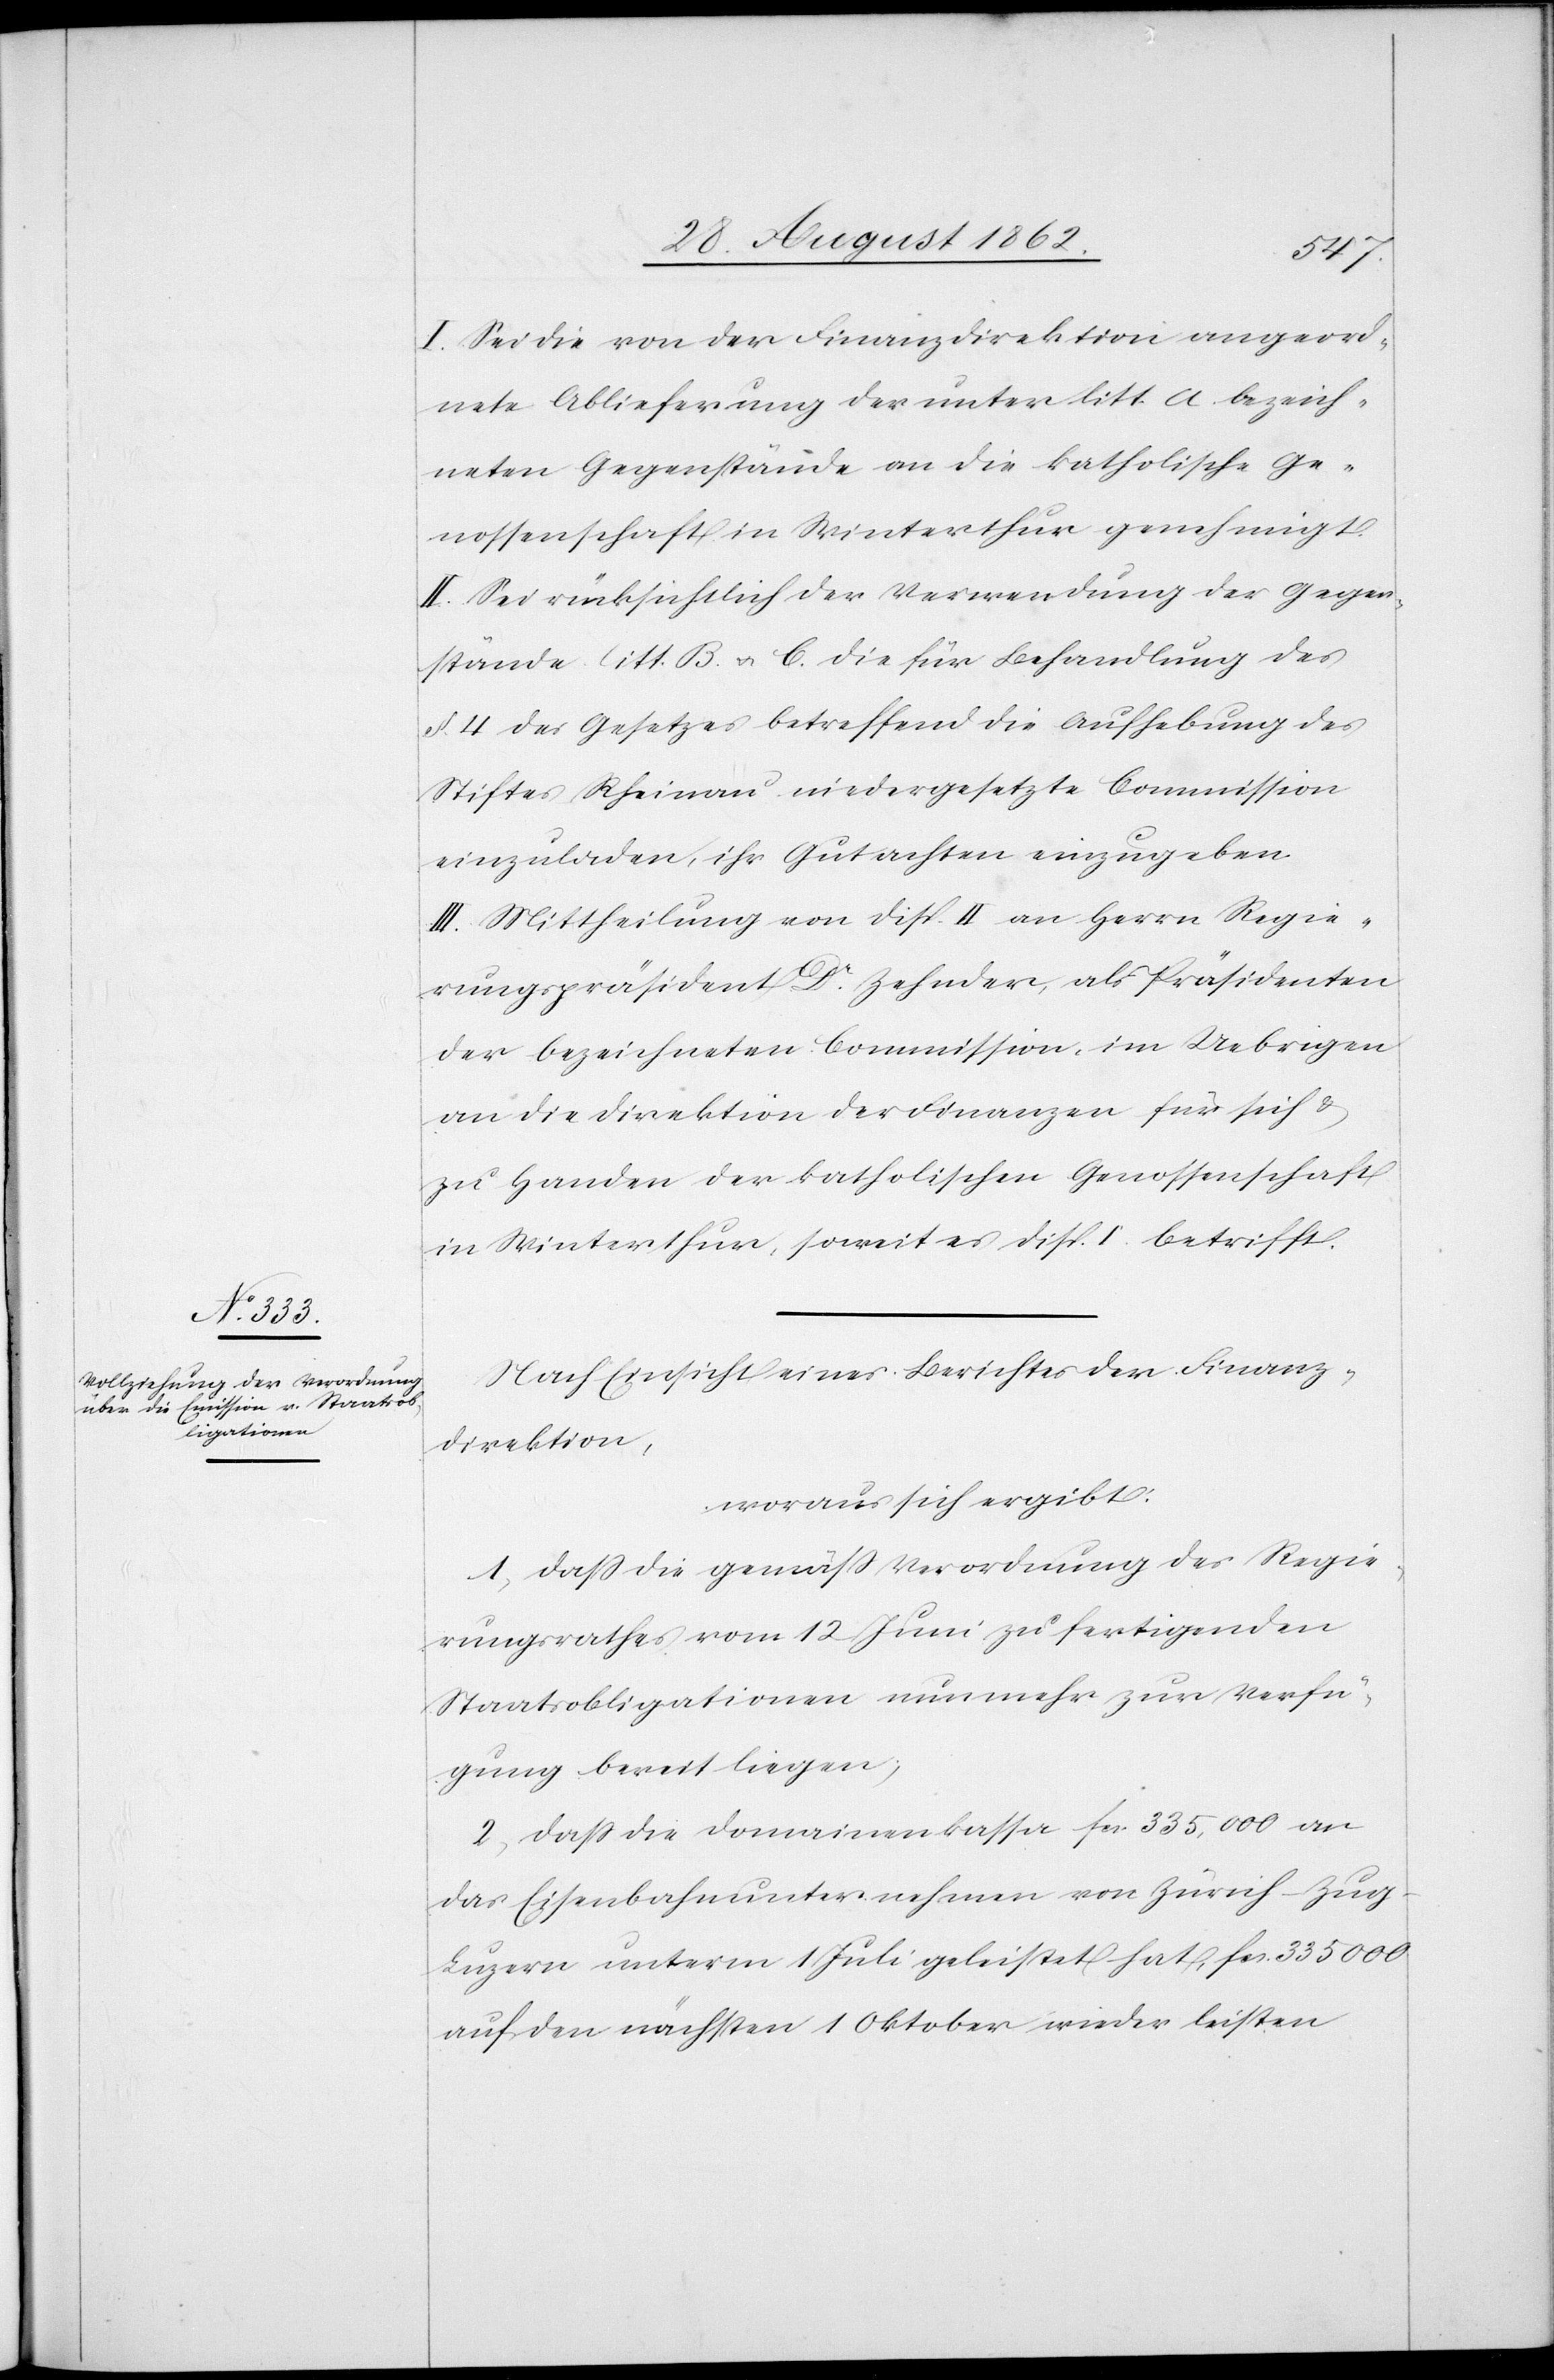
I. Sei die von der Finanzdirektion angeord¬
nete Ablieferung der unter litt. a bezeich¬
neten Gegenstände an die katholische Ge¬
nossenschaft in Winterthur genehmigt.
II. Sei rücksichtlich der Verwendung der Gegen¬
stände litt. B. u. C. die für Behandlung des
§. 4 des Gesetzes betreffend die Aufhebung des
Stiftes Rheinau niedergesetzte Commission
einzuladen, ihr Gutachten einzugeben.
III. Mittheilung von Disp. II an Herrn Regie¬
rungspräsident Dr. Zehnder, als Präsidenten
der bezeichneten Commission, im Uebrigen
an die Direktion der Finanzen für sich u.
zu Handen der katholischen Genossenschaft
in Winterthur, soweit es Disp. I betrifft.
Nach Einsicht eines Berichtes der Finanz¬
direktion,
woraus sich ergibt:
1. daß die gemäß Verordnung des Regie¬
rungsrathes vom 12. Juni zu fertigenden
Staatsobligationen nunmehr zur Verfü¬
gung bereit liegen;
2. daß die Domainenkassa fcs. 335,000 an
das Eisenbahnunternehmen von Zürich–Zug–L¬
uzern unterm 1. Juli geleistet hat, fcs. 335 000
auf den nächsten 1. Oktober wieder leisten